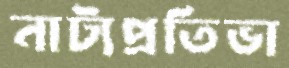
নাট্যপ্রতিভা